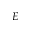
E